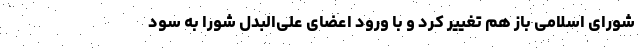
شورای اسلامی باز هم تغییر کرد و با ورود اعضای علی‌البدل شورا به سود